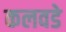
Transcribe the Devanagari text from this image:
कलवडे